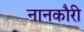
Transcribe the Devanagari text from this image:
नानकौरी